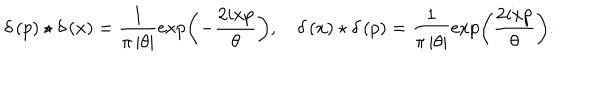
LaTeX: \delta \left( p \right) \star \delta \left( x \right) = \frac { 1 } { \pi \left| \theta \right| } \exp \left( - \frac { 2 i x p } { \theta } \right) , \quad \delta \left( x \right) \star \delta \left( p \right) = \frac { 1 } { \pi \left| \theta \right| } \exp \left( \frac { 2 i x p } { \theta } \right) .